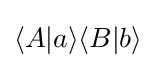
\langle A|a\rangle \langle B|b\rangle